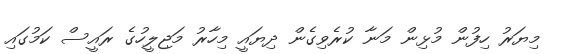
މިޔަރު ހިފުން މުޅިން މަނާ ކުރެވިގެން ދިޔައީ މިހާރު މަޖިލީހުގެ ރައީސް ކަމުގައި